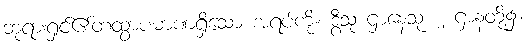
ဘုရားရှင်၏တထွာပမာဏရှိသော အရပ်ကို။ ဒွီသု ဌာနေသု၊ ၂ ဌာနတို့၌။